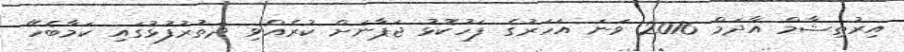
އިރުތިޝާމް އާދަމް 2016 ވަނަ އަހަރުގެ ފަހުކޮޅު ޖަޕާނަށް ކުރެއްވި ދަތުރުފުޅުގައި ކަމާބެހޭ